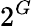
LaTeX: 2^{G}